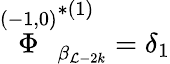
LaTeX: \stackrel{(-1,0)}{\Phi}_{\beta_{\mathcal{L}-2k}}^{*(1)}=\delta_{1}